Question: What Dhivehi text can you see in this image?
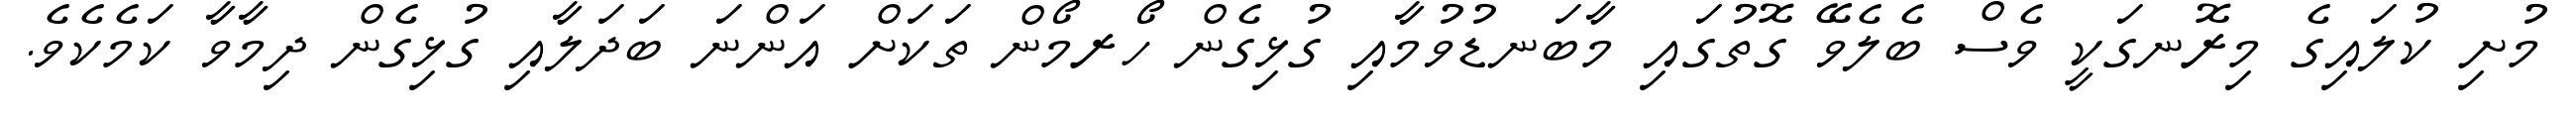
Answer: މުށި ކުލައިގެ މިރޮނގަކީ ވެސް ބެލެވޭ ގޮތުގައި މާބަނޑުވުމާއި ގުޅިގެން ހޯރމޯން ތަކަށް އަންނަ ބަދަލާއި ގުޅިގެން ދިމާވާ ކަމެކެވެ.